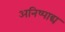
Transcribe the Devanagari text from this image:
अनिष्पाद्य